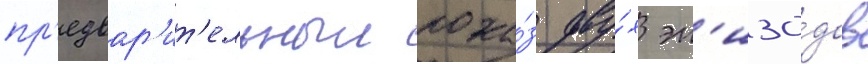
пр'едвар'ит'ельныи пока́з дву́х эп'изо́дов